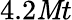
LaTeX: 4.2\mathit{M}t